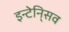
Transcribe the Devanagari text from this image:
इन्टेनि्सव